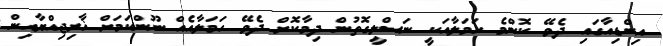
އިންޑިއާގައި ދެވޭ ކޮންމެ ހަމަލާއަކީ ނަސްލީގޮތުން ދިމާކޮށް ދެވޭ ހަމަލާއެއް ނޫންކަމަށް ޚާރިޖިއްޔާއިން